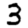
Digit: 3